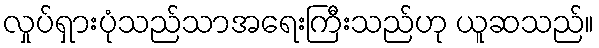
လှုပ်ရှားပုံသည်သာအရေးကြီးသည်ဟု ယူဆသည်။